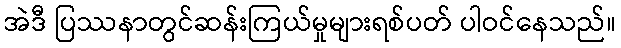
အဲဒီ ပြဿနာတွင်ဆန်းကြယ်မှုများရစ်ပတ် ပါဝင်နေသည်။